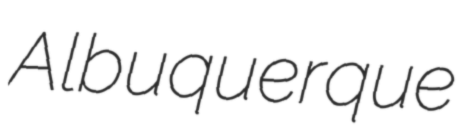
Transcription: Albuquerque